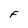
Character: F